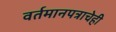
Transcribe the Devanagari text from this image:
वर्तमानपत्राचेही